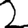
Digit: 2